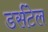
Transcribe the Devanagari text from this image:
डर्सटेल